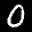
Label: 0